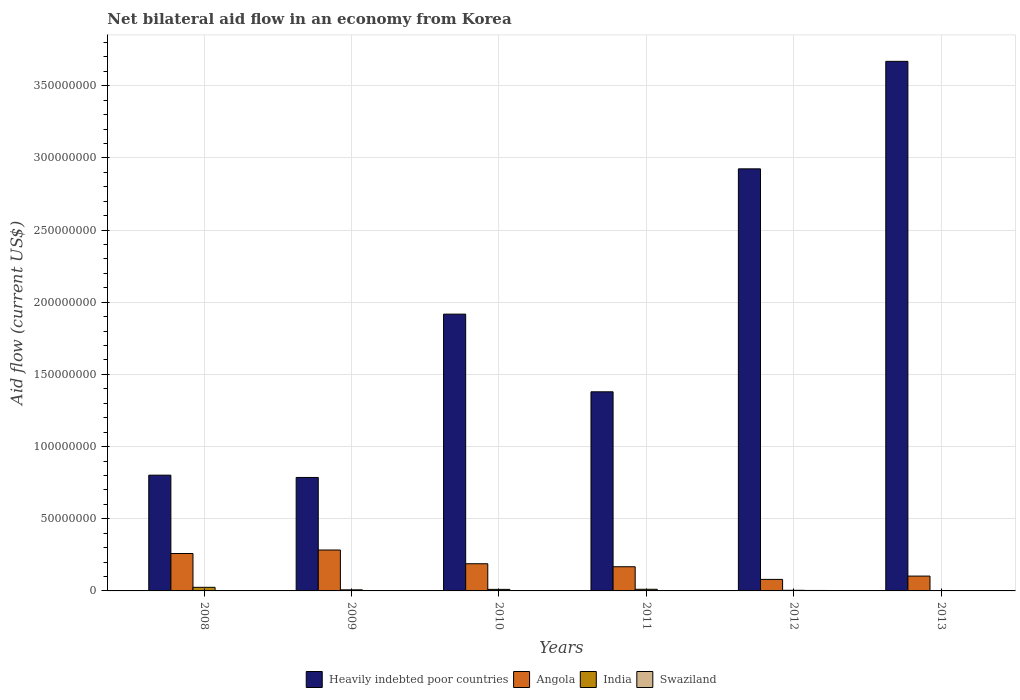
| Years | Heavily indebted poor countries | Angola | India | Swaziland |
 | --- | --- | --- | --- | --- |
 | 2008 | 8.02e+07 | 2.59e+07 | 2.5e+06 | 1.8e+05 |
 | 2009 | 7.86e+07 | 2.83e+07 | 7.5e+05 | 1e+05 |
 | 2010 | 1.92e+08 | 1.88e+07 | 1.07e+06 | 1.8e+05 |
 | 2011 | 1.38e+08 | 1.68e+07 | 1.13e+06 | 1.7e+05 |
 | 2012 | 2.92e+08 | 7.98e+06 | 4.3e+05 | 3.2e+05 |
 | 2013 | 3.67e+08 | 1.03e+07 | 3e+05 | 4e+04 |